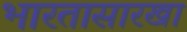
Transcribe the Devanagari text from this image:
भारतासारखा